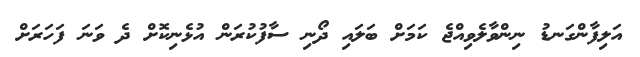
އަލިފާންގަނޑު ނިންވާލެވިއްޖެ ކަމަށް ބަލައި ދޯނި ސާފުކުރަން އުޅެނިކޮށް ދެ ވަނަ ފަހަރަށް